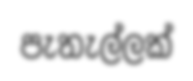
පැතැල්ලක්